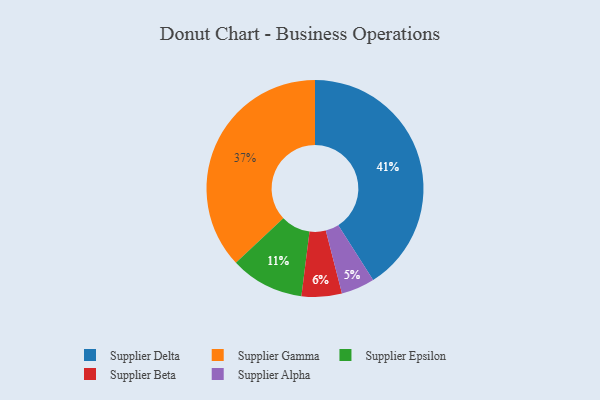
{"axis": {"x": "Category", "y": "Percentage"}, "legend": ["Supplier Alpha", "Supplier Beta", "Supplier Delta", "Supplier Epsilon", "Supplier Gamma"], "data": [{"x": "Supplier Delta", "y": 41, "type": "Supplier Delta"}, {"x": "Supplier Epsilon", "y": 11, "type": "Supplier Epsilon"}, {"x": "Supplier Gamma", "y": 37, "type": "Supplier Gamma"}, {"x": "Supplier Beta", "y": 6, "type": "Supplier Beta"}, {"x": "Supplier Alpha", "y": 5, "type": "Supplier Alpha"}]}